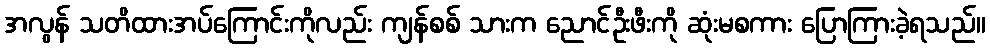
အလွန် သတိထားအပ်ကြောင်းကိုလည်း ကျန်စစ် သားက ညောင်ဦးဖီးကို ဆုံးမစကား ပြောကြားခဲ့ရသည်။